Senior Leaving Certificate Examination (including Day School Certificate (Higher) General paper), 1949
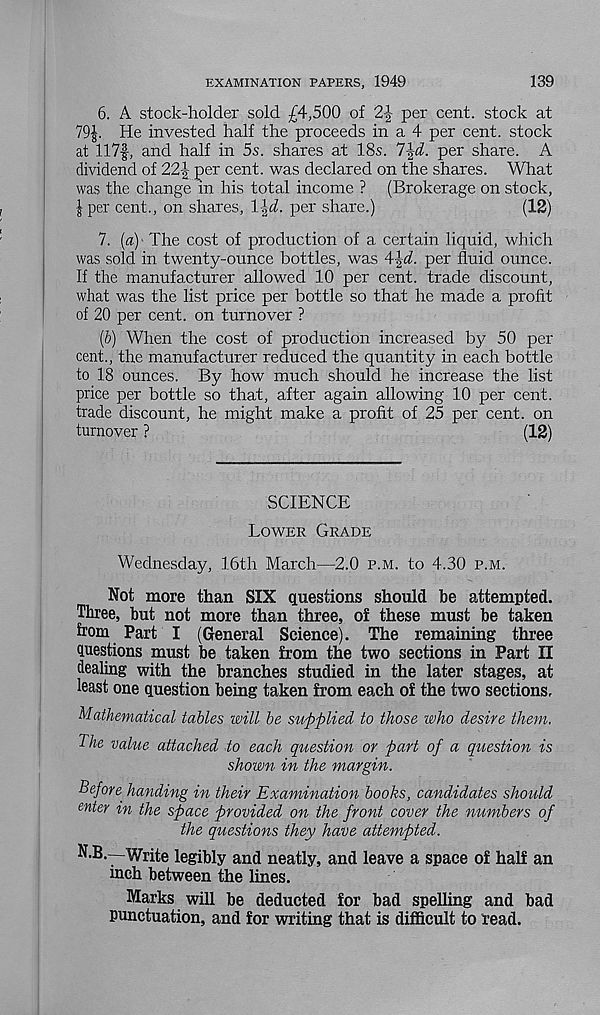
EXAMINATION PAPERS, 1949
139
6. A stock-holder sold £4,500 of 2|- per cent, stock at
79|. He invested half the proceeds in a 4 per cent, stock
at 117|, and half in 5s. shares at 18s. l\d. per share. A
dividend of 221 per cent, was declared on the shares. What
was the change m his total income ? (Brokerage on stock,
| per cent., on shares, l\d. per share.)
(12)
7. [a) The cost of production of a certain liquid, which
was sold in twenty-ounce bottles, was 4|A. per fluid ounce.
If the manufacturer allowed 10 per cent, trade discount,
what was the list price per bottle so that he made a profit
of 20 per cent, on turnover ?
(6) When the cost of production increased by 50 per
cent., the manufacturer reduced the quantity in each bottle
to 18 ounces. By how much should he increase the list
price per bottle so that, after again allowing 10 per cent,
trade discount, he might make a profit of 25 per cent, on
turnover ?
(12)
SCIENCE
Lower Grade
Wednesday, 16th March—2.0 p.m. to 4.30 p.m.
Not more than SIX questions should be attempted.
Three, but not more than three, of these must be taken
from Part I (General Science). The remaining three
questions must be taken from the two sections in Part II
dealing with the branches studied in the later stages, at
least one question being taken from each of the two sections,
Mathematical tables will be supplied to those who desire them.
The value attached to each question or part of a question is
shown in the margin.
BeforC' handing in their Examination books, candidates should
enter in the space provided on the front cover the numbers of
the questions they have attempted.
N.B.-—Write legibly and neatly, and leave a space of half an
inch between the lines.
Marks will be deducted for bad spelling and bad
punctuation, and for writing that is difficult to read.